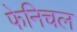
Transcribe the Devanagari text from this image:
फेनिचल